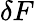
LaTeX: \delta F